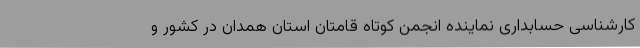
کارشناسی حسابداری نماینده انجمن کوتاه قامتان استان همدان در کشور و